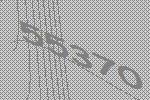
55370